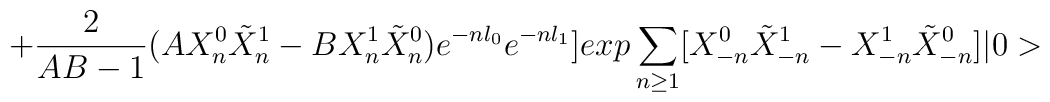
+\frac{2}{AB-1} (AX_{n}^{0}\tilde{X}_{n}^{1}-BX_{n}^{1} \tilde{X}_{n}^{0})e^{-nl_{0}}e^{-nl_{1}}]exp\sum_{n \geq 1}[X_{-n}^{0}\tilde{X}_{-n}^{1}-X_{-n}^{1}\tilde{X}_{-n}^{0}]|0>